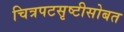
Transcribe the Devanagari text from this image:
चित्रपटसृष्टीसोबत